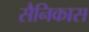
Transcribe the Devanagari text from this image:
सैनिकास